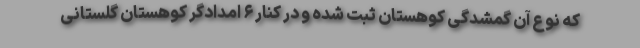
که نوع آن گمشدگی کوهستان ثبت شده و در کنار ۶ امدادگر کوهستان گلستانی